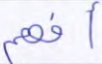
أفهم